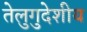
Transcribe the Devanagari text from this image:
तेलुगुदेशीय